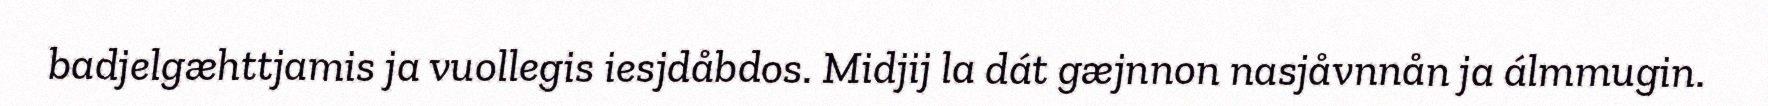
badjelgæhttjamis ja vuollegis iesjdåbdos. Midjij la dát gæjnnon nasjåvnnån ja álmmugin.